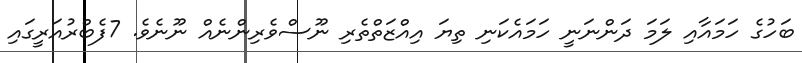
ބަހުގެ ހަމައާއި ލަމަ ދަންނަނީ ހަމައެކަނި ތިޔަ އިއްޒަތްތެރި ނޫސްވެރިންނެއް ނޫނެވެ. 7ފެބްރުއަރީގައި